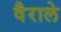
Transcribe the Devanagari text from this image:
वैराले